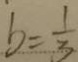
b = \frac { 1 } { 3 }